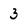
Character: 3